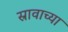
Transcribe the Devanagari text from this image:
स्रावाच्या